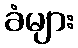
ခံများ